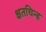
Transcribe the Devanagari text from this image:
क्षतचिन्ह